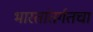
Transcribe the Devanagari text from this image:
भारतांतर्गतचा